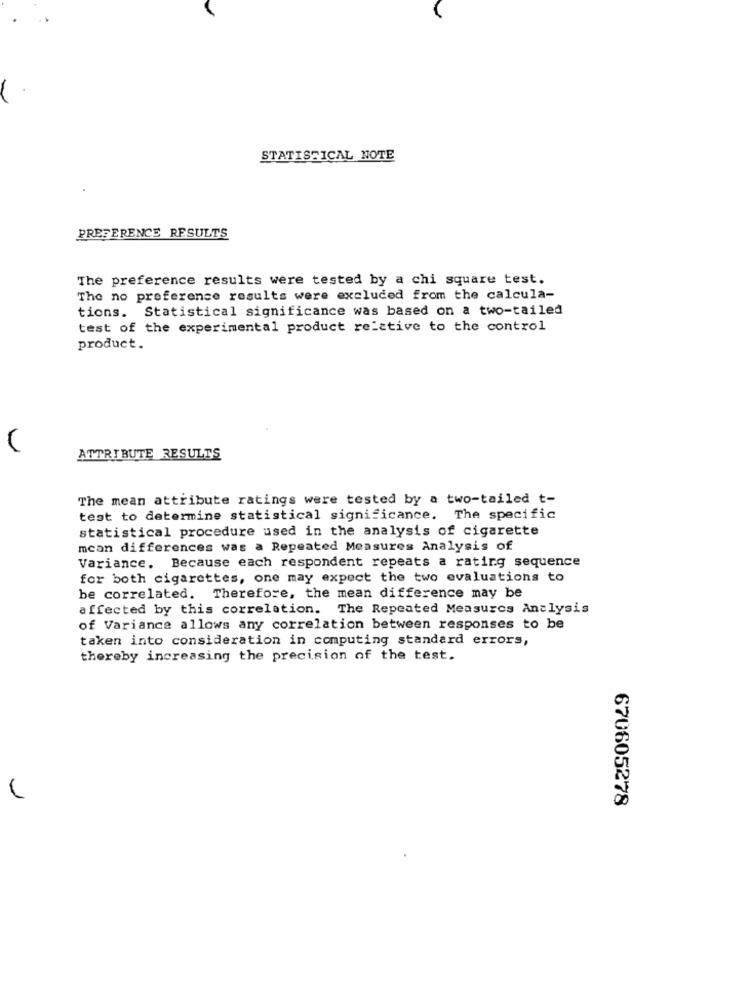
STATISTICAL NOTE
PREFERENCE RESULTS
The preference results were tested by a chi square test.
The no preference results were excluded from the calcula-
tions. Statistical significance was based on a two-tailed
test of the experimental product relative to the control
product.
ATTRIBUTE RESULTS
The mean attribute ratings were tested by a two-tailed t-
test to determine statistical significance. The specific
statistical procedure used in the analysis of cigarette
mcan differences was a Repeated Measures Analysis of
Variance, Because each respondent repeats a rating sequence
for both cigarettes, one may expect the two evaluations to
be correlated. Therefore, the mean difference may be
affected by this correlation. The Repeated Measures Analysis
of Variance allows any correlation between responses to be
taken into consideration in computing standard errors,
thereby increasing the precision of the test.
670605278